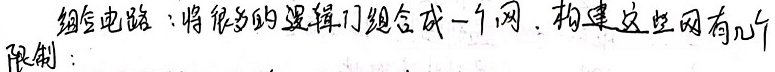
组合电路：将很多的逻辑门组合成一个网，构建这些网有几个限制：